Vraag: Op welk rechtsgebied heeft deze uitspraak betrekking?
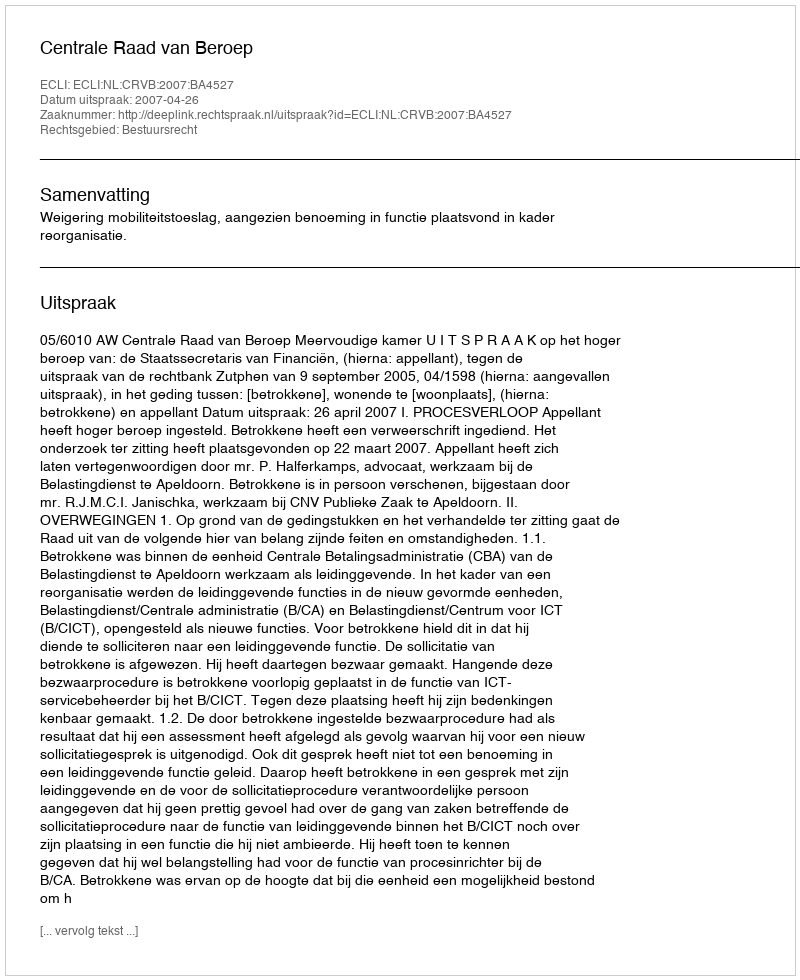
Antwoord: Bestuursrecht